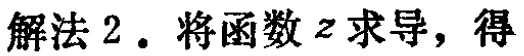
解法 2. 将函数 \(z\) 求导，得